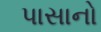
પાસાનો